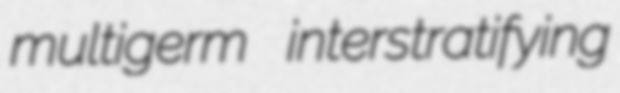
multigerm interstratifying